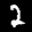
Label: 2